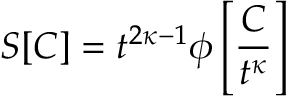
S [ C ] = t ^ { 2 \kappa - 1 } \phi \left[ \frac { C } { t ^ { \kappa } } \right]